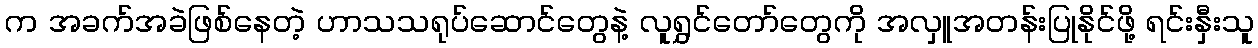
က အခက်အခဲဖြစ်နေတဲ့ ဟာသသရုပ်ဆောင်တွေနဲ့ လူရွှင်တော်တွေကို အလှူအတန်းပြုနိုင်ဖို့ ရင်းနှီးသူ